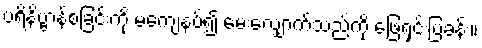
ပရိနိဗ္ဗာန်စံခြင်းကို မကျေနပ်၍ မေးလျှောက်သည်ကို ဖြေရှင်းပြခန်း။